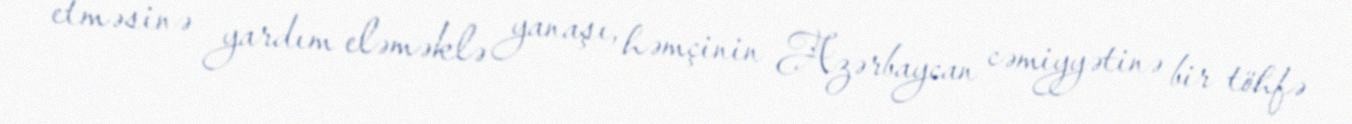
etməsinə yardım eləməklə yanaşı, həmçinin Azərbaycan cəmiyyətinə bir töhfə